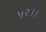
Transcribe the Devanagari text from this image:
५२।।